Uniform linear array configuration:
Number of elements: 12
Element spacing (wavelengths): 0.75
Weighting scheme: exponential
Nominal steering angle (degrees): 30
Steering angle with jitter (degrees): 28.817
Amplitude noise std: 0.05
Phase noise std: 0.05

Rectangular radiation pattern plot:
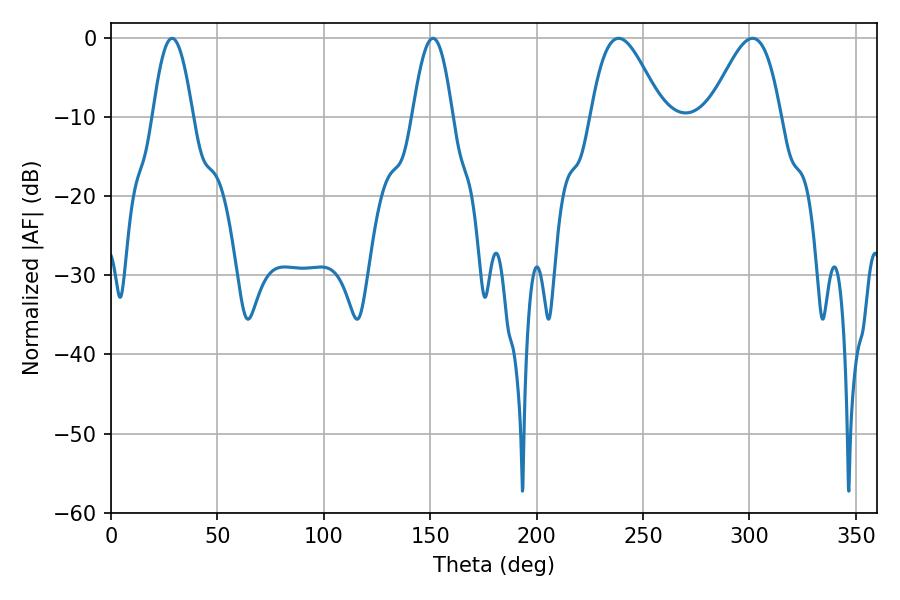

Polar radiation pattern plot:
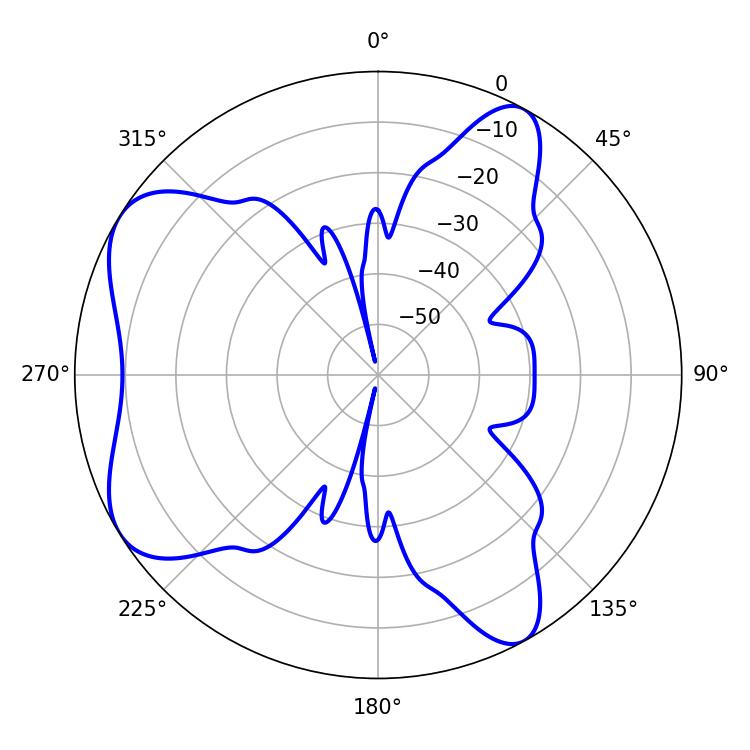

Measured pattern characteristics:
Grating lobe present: TRUE
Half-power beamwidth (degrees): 18
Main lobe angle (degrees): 238.5